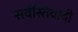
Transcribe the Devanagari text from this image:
सर्वस्तिवादी